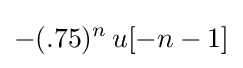
-(.75)^{n}\,u[-n-1]